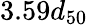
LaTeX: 3.59d_{50}